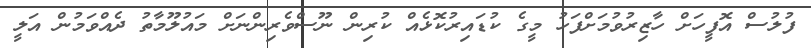
ފުލުސް އޮފީހަށް ހާޒިރުވުމަށްފަހު މީގެ ކުޑައިރުކޮޅެއް ކުރިން ނޫސްވެރިންނަށް މައުލޫމާތު ދެއްވަމުން އަލީ